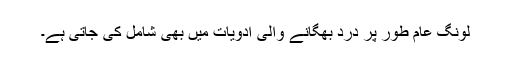
لونگ عام طور پر درد بھگانے والی ادویات میں بھی شامل کی جاتی ہے۔